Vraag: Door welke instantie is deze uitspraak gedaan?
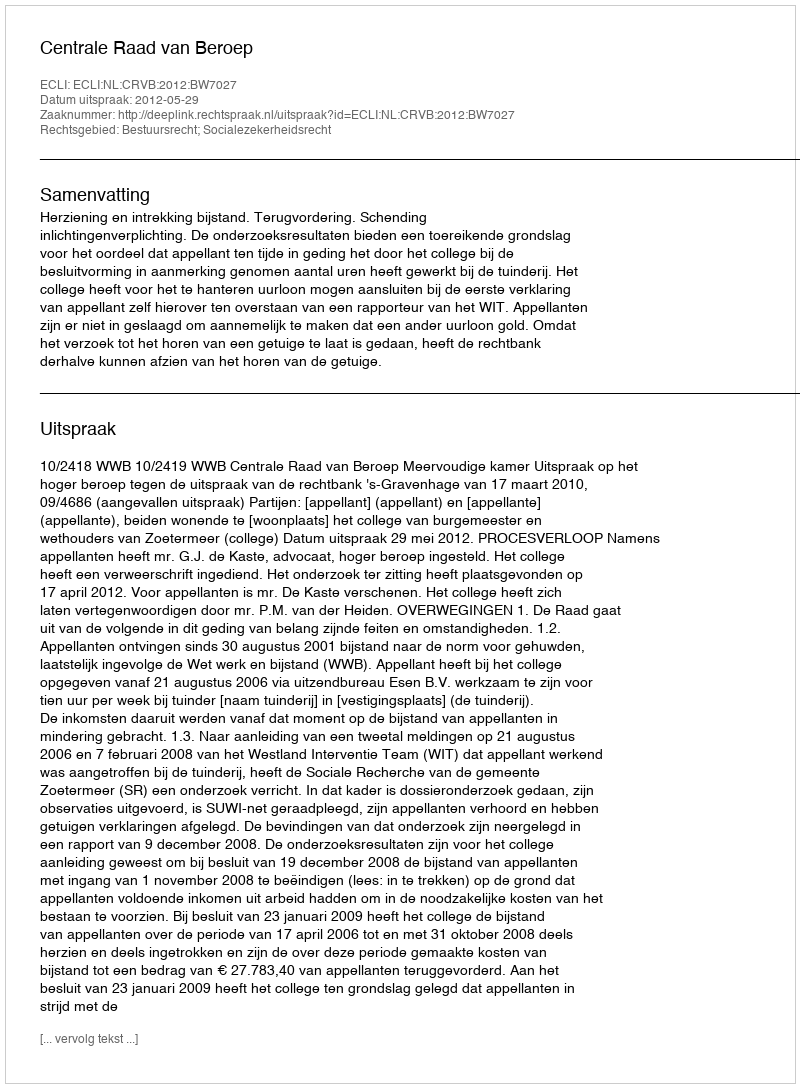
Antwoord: Centrale Raad van Beroep